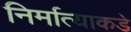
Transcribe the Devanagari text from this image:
निर्मात्याकडे